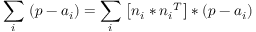
{ \underset { i } { \mathop { \sum } } } \, \left( p - { { a } _ { i } } \right) = { \underset { i } { \mathop { \sum } } } \, \left[ { { n } _ { i } } * { { n } _ { i } } ^ { T } \right] * \left( p - { { a } _ { i } } \right)